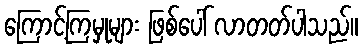
ကြောင့်ကြမှုများ ဖြစ်ပေါ် လာတတ်ပါသည်။